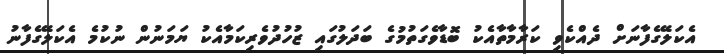
އެކަލޭގެފާނަށް ދެއްކެވި ކަރާމާތާއެކު ބޮޑާވެގަތުމުގެ ބަދަލުގައި ޒުހުދުވެރިކަމާއެކު ޔަމަނުން ނުކުމެ އެކަލޭގެފާނު